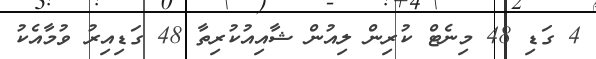
4 ގަޑި 48 މިނެޓް ކުރިން ލިއުން ޝާއިއުކުރިތާ 48 ގަޑިއިރު ވުމާއެކު